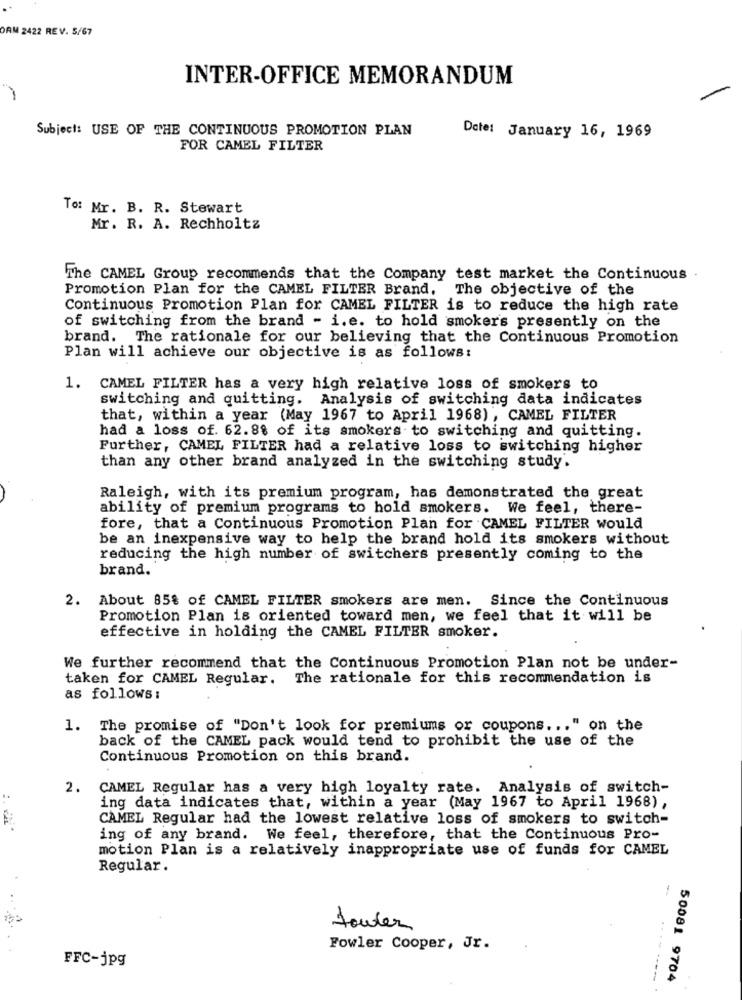
ORM 2422 REV. 5/67
INTER-OFFICE MEMORANDUM
-
Subject: USE OF THE CONTINUOUS PROMOTION PLAN
Date: January 16, 1969
FOR CAMEL FILTER
To: Mr. B. R. Stewart
Mr. R. A. Rechholtz
The CAMEL Group recommends that the Company test market the Continuous
Promotion Plan for the CAMEL FILTER Brand, The objective of the
Continuous Promotion Plan for CAMEL FILTER is to reduce the high rate
of switching from the brand - i. e. to hold smokers presently on the
brand. The rationale for our believing that the Continuous Promotion
Plan will achieve our objective is as follows:
1. CAMEL FILTER has a very high relative loss of smokers to
switching and quitting. Analysis of switching data indicates
that, within a year (May 1967 to April 1968) , CAMEL FILTER
had a loss of. 62.88 of its smokers to switching and quitting.
Further, CAMEL FILTER had a relative loss to switching higher
than any other brand analyzed in the switching study.
Raleigh, with its premium program, has demonstrated the great
ability of premium programs to hold smokers. We feel, there-
fore, that a Continuous Promotion Plan for CAMEL FILTER would
be an inexpensive way to help the brand hold its smokers without
reducing the high number of switchers presently coming to the
brand.
2. About 85% of CAMEL FILTER smokers are men. Since the Continuous
Promotion Plan is oriented toward men, we feel that it will be
effective in holding the CAMEL FILTER smoker.
We further recommend that the Continuous Promotion Plan not be under-
taken for CAMEL Regular. The rationale for this recommendation is
as follows :
1. The promise of "Don't look for premiums or coupons ... " on the
back of the CAMEL pack would tend to prohibit the use of the
Continuous Promotion on this brand.
2.
CAMEL Regular has a very high loyalty rate. Analysis of switch-
ing data indicates that, within a year (May 1967 to April 1968),
CAMEL Regular had the lowest relative loss of smokers to switch-
ing of any brand. We feel, therefore, that the Continuous Pro-
motion Plan is a relatively inappropriate use of funds for CAMEL
Regular.
--
touter
Fowler Cooper, Jr.
FFC-jpg
50081 9704